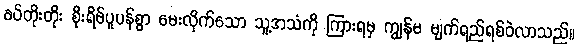
ခပ်တိုးတိုး စိုးရိမ်ပူပန်စွာ မေးလိုက်သော သူ့အသံကို ကြားရမှ ကျွန်မ မျက်ရည်ရစ်ဝဲလာသည်။